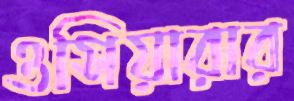
ওসিয়ারার